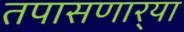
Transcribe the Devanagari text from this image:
तपासणार्‍या